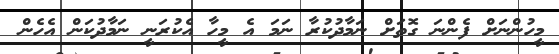
މީހުންނަށް ފެންނަ ގޮތަށް ނަމާދުކުރާ ނަމަ އެ މީހާ އެކުރަނީ ނަމާދުކަން އެހެން